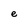
Character: e